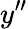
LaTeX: y^{\prime\prime}